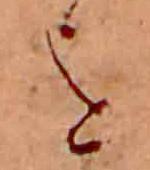
を